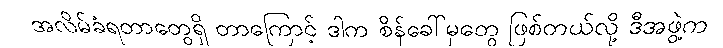
အလိမ်ခံရတာတွေရှိ တာကြောင့် ဒါက စိန်ခေါ်မှုတွေ ဖြစ်တယ်လို့ ဒီအဖွဲ့က